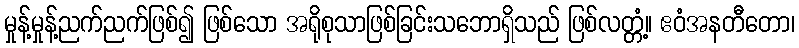
မှုန့်မှုန့်ညက်ညက်ဖြစ်၍ ဖြစ်သော အရိုစုသာဖြစ်ခြင်းသဘောရှိသည် ဖြစ်လတ္တံ့။ ဧဝံအနတီတော၊